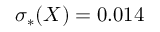
\sigma _ { * } ( X ) = 0 . 0 1 4